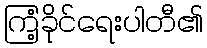
ကြံ့ခိုင်ရေးပါတီ၏